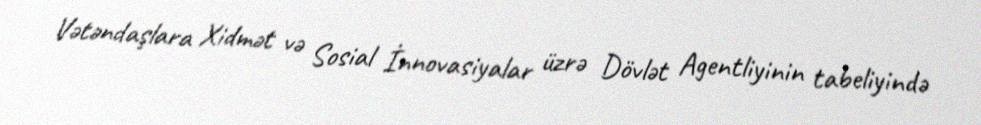
Vətəndaşlara Xidmət və Sosial İnnovasiyalar üzrə Dövlət Agentliyinin tabeliyində